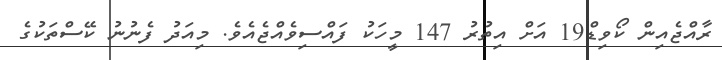
ރާއްޖެއިން ކޯވިޑް19 އަށް އިތުރު 147 މީހަކު ފައްސިވެއްޖެއެވެ. މިއަދު ފެނުނު ކޭސްތަކުގެ